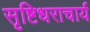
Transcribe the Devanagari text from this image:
सृष्टिधराचार्य